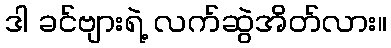
ဒါ ခင်ဗျားရဲ့ လက်ဆွဲအိတ်လား။